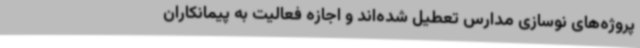
پروژه‌های نوسازی مدارس تعطیل شده‌اند و اجازه فعالیت به پیمانکاران